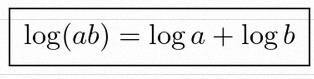
\log(ab)=\log a+\log b